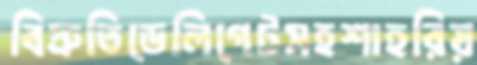
বিস্রুতিডেলিগেটসহশাহরিয়